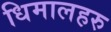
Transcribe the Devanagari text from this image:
धिमालहरु